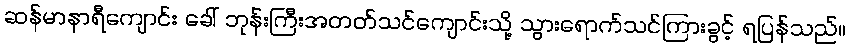
ဆန်မာနာရီကျောင်း ခေါ် ဘုန်းကြီးအတတ်သင်ကျောင်းသို့ သွားရောက်သင်ကြားခွင့် ရပြန်သည်။